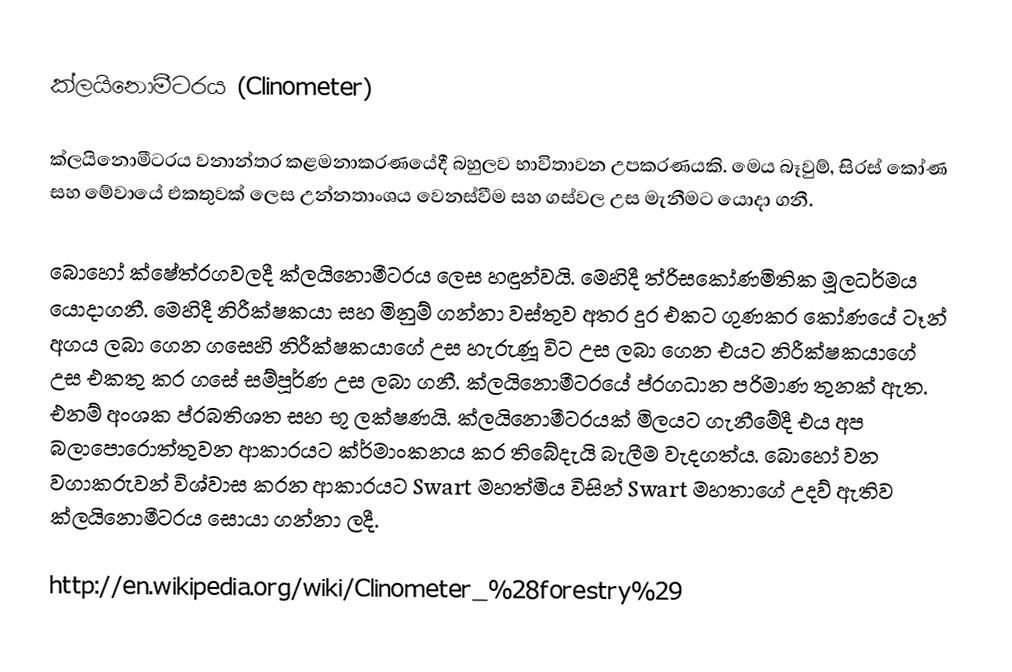
ක්ලයිනොමීටරය (Clinometer)

ක්ලයිනොමීටරය වනාන්තර කළමනාකරණයේදී බහුලව භාවිතාවන උපකරණයකි. මෙය බෑවුම්, සිරස් කෝණ සහ මේවායේ එකතුවක් ලෙස උන්නතාංශය වෙනස්වීම සහ ගස්වල උස මැනීමට යොදා ගනී.

බොහෝ ක්ෂේත්රගවලදී ක්ලයිනොමීටරය ලෙස හඳුන්වයි. මෙහිදී ත්රිසකෝණමිතික මූලධර්මය යොදාගනී. මෙහිදී නිරීක්ෂකයා සහ මිනුම් ගන්නා වස්තුව අතර දුර එකට ගුණකර කෝණයේ ටෑන් අගය ලබා ගෙන ගසෙහි නිරීක්ෂකයාගේ උස හැරුණූ විට උස ලබා ගෙන එයට නිරීක්ෂකයාගේ උස එකතු කර ගසේ සම්පූර්ණ උස ලබා ගනී. ක්ලයිනොමීටරයේ ප්රගධාන පරිමාණ තුනක් ඇත. එනම් අංශක ප්රබතිශත සහ භූ ලක්ෂණයි. ක්ලයිනොමීටරයක් මිලයට ගැනීමේදී එය අප බලාපොරොත්තුවන ආකාරයට ක්ර්මාංකනය කර තිබේදැයි බැලීම වැදගත්ය. බොහෝ වන වගාකරුවන් විශ්වාස කරන ආකාරයට Swart මහත්මිය විසින් Swart මහතාගේ උදව් ඇතිව ක්ලයිනොමීටරය සොයා ගන්නා ලදී.

http://en.wikipedia.org/wiki/Clinometer_%28forestry%29